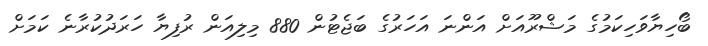
ބޯހިޔާވަހިކަމުގެ މަޝްރޫއަށް އަންނަ އަހަރުގެ ބަޖެޓުން 880 މިލިއަން ރުފިޔާ ހަރަދުކުރާނެ ކަމަށް